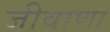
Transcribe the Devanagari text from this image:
जीवाणा